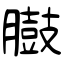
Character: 臌